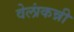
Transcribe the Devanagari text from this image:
वेलांकन्नी